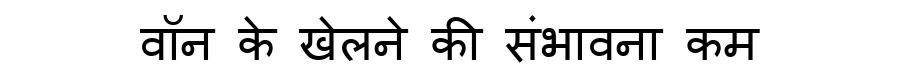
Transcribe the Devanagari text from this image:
वॉन के खेलने की संभावना कम